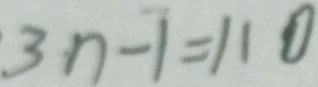
3 n - 1 = 1 1 0